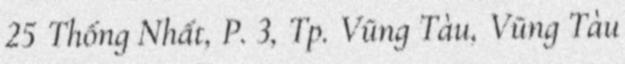
25 Thống Nhất, P. 3, Tp. Vũng Tàu, Vũng Tàu